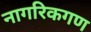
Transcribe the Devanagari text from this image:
नागरिकगण